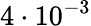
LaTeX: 4\cdot 10^{-3}